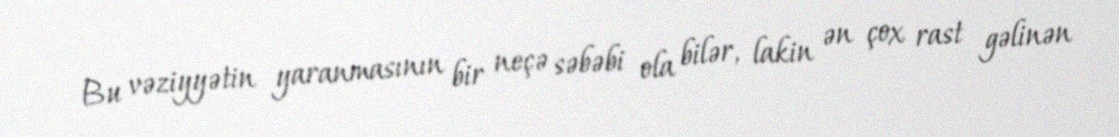
Bu vəziyyətin yaranmasının bir neçə səbəbi ola bilər, lakin ən çox rast gəlinən